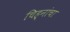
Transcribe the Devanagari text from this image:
चिह्नांचा